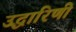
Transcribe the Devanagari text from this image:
उद्धारिणी